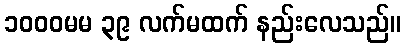
၁၀၀၀မမ ၃၉ လက်မထက် နည်းလေသည်။